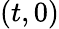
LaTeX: (t,0)